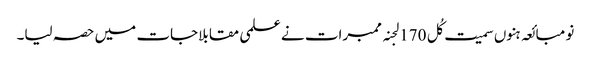
نو مبائعہ ہنوں سمیت کُل 170 لجنہ ممبرات نے علمی مقابلاجات میں حصہ لیا۔